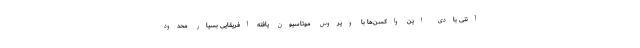
آنتی بادی این واکسن‌ها با ویروس موتاسیون یافته آفریقایی بسیار محدود